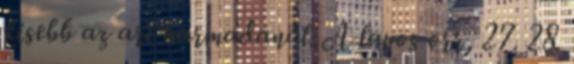
kisebb az arc harmadánál. A lapos orr, 27. 28.